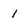
Character: 1